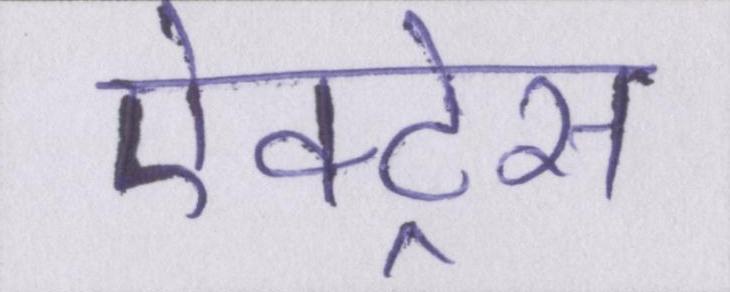
ऐक्ट्रेस